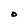
Character: O